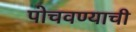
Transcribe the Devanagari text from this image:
पोचवण्‍याची